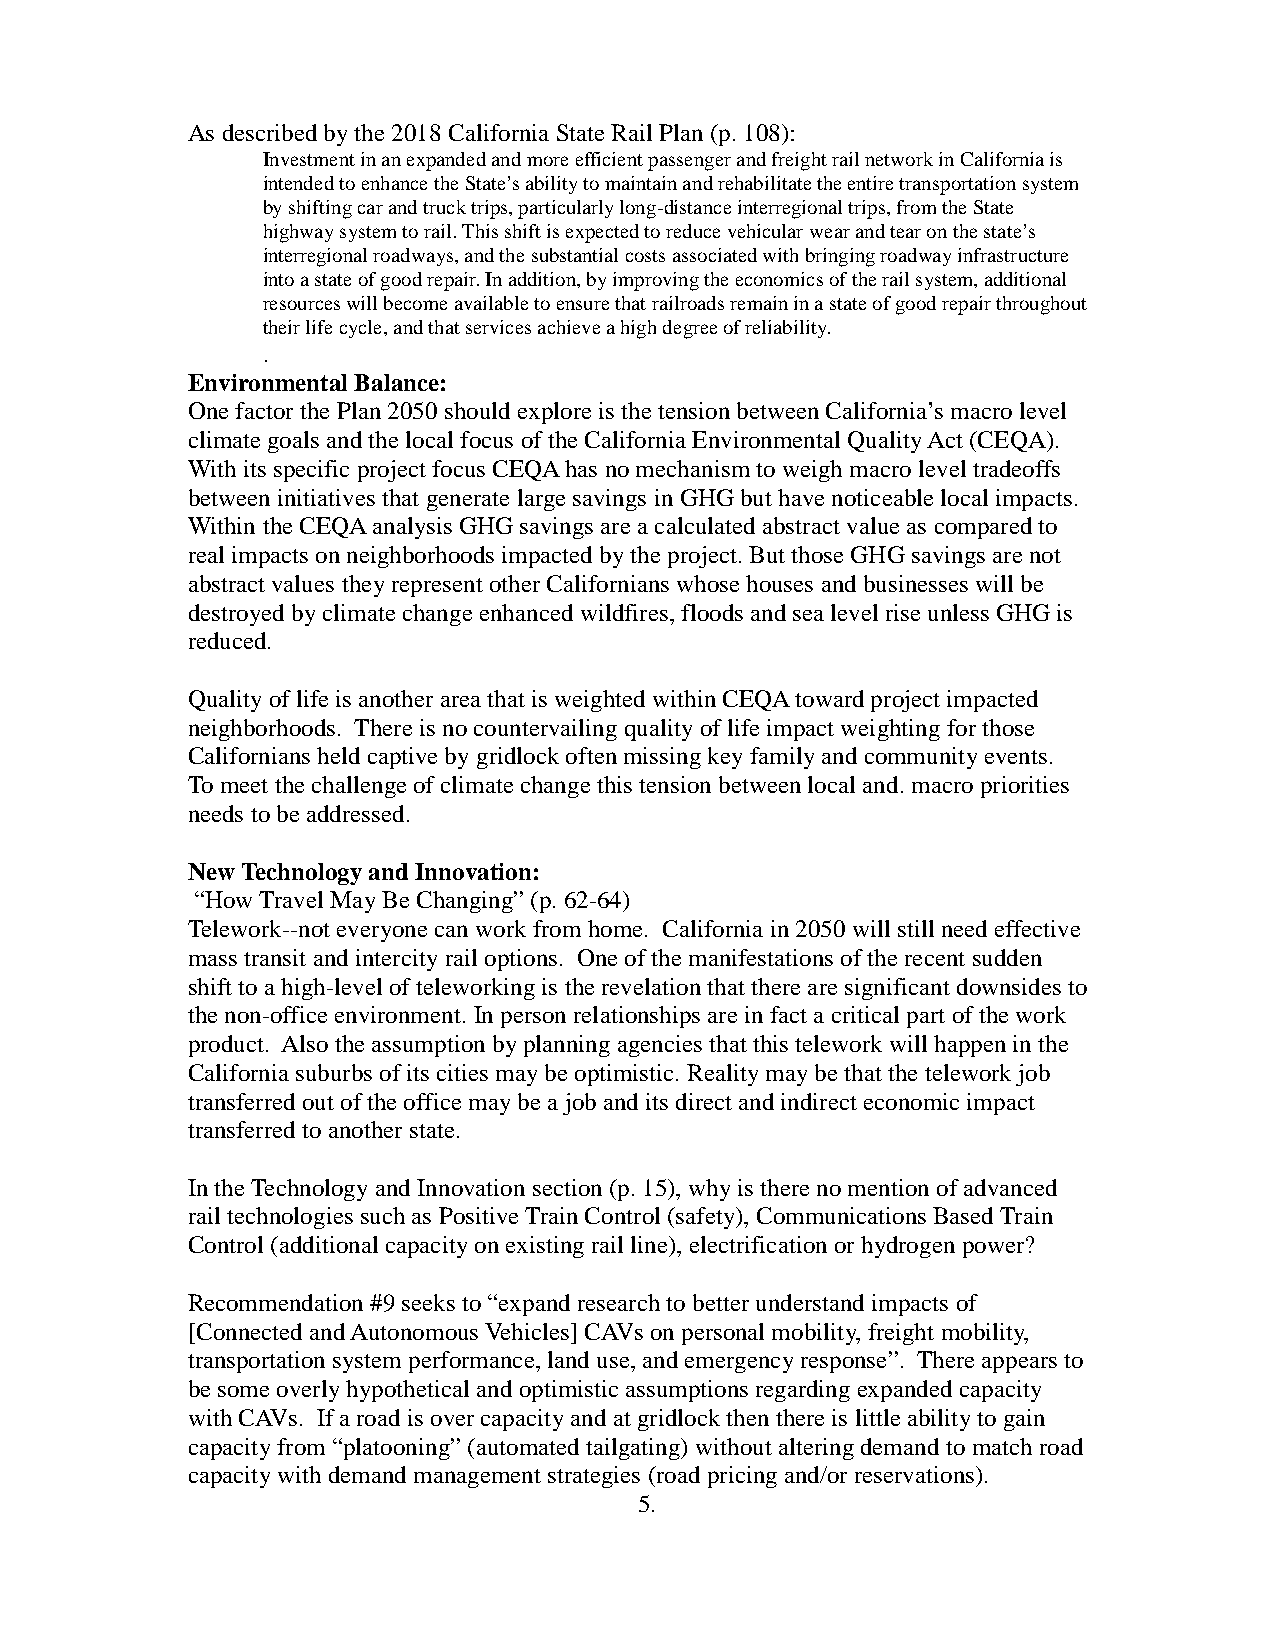
As described by the 2018 California State Rail Plan (p. 108):
 Investment in an expanded and more efficient passenger and freight rail network in California is
 intended to enhance the State’s ability to maintain and rehabilitate the entire transportation system
 by shifting car and truck trips, particularly long-distance interregional trips, from the State
 highway system to rail. This shift is expected to reduce vehicular wear and tear on the state’s
 interregional roadways, and the substantial costs associated with bringing roadway infrastructure
 into a state of good repair. In addition, by improving the economics of the rail system, additional
 resources will become available to ensure that railroads remain in a state of good repair throughout
 their life cycle, and that services achieve a high degree of reliability.
 .
 Environmental Balance:
 One factor the Plan 2050 should explore is the tension between California’s macro level
 climate goals and the local focus of the California Environmental Quality Act (CEQA).
 With its specific project focus CEQA has no mechanism to weigh macro level tradeoffs
 between initiatives that generate large savings in GHG but have noticeable local impacts.
 Within the CEQA analysis GHG savings are a calculated abstract value as compared to
 real impacts on neighborhoods impacted by the project. But those GHG savings are not
 abstract values they represent other Californians whose houses and businesses will be
 destroyed by climate change enhanced wildfires, floods and sea level rise unless GHG is
 reduced.
 Quality of life is another area that is weighted within CEQA toward project impacted
 neighborhoods. There is no countervailing quality of life impact weighting for those
 Californians held captive by gridlock often missing key family and community events.
 To meet the challenge of climate change this tension between local and. macro priorities
 needs to be addressed.
 New Technology and Innovation:
 “How Travel May Be Changing” (p. 62-64)
 Telework--not everyone can work from home. California in 2050 will still need effective
 mass transit and intercity rail options. One of the manifestations of the recent sudden
 shift to a high-level of teleworking is the revelation that there are significant downsides to
 the non-office environment. In person relationships are in fact a critical part of the work
 product. Also the assumption by planning agencies that this telework will happen in the
 California suburbs of its cities may be optimistic. Reality may be that the telework job
 transferred out of the office may be a job and its direct and indirect economic impact
 transferred to another state.
 In the Technology and Innovation section (p. 15), why is there no mention of advanced
 rail technologies such as Positive Train Control (safety), Communications Based Train
 Control (additional capacity on existing rail line), electrification or hydrogen power?
 Recommendation #9 seeks to “expand research to better understand impacts of
 [Connected and Autonomous Vehicles] CAVs on personal mobility, freight mobility,
 transportation system performance, land use, and emergency response”. There appears to
 be some overly hypothetical and optimistic assumptions regarding expanded capacity
 with CAVs. If a road is over capacity and at gridlock then there is little ability to gain
 capacity from “platooning” (automated tailgating) without altering demand to match road
 capacity with demand management strategies (road pricing and/or reservations).
 5.